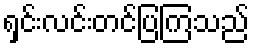
ရှင်းလင်းတင်ပြကြသည်